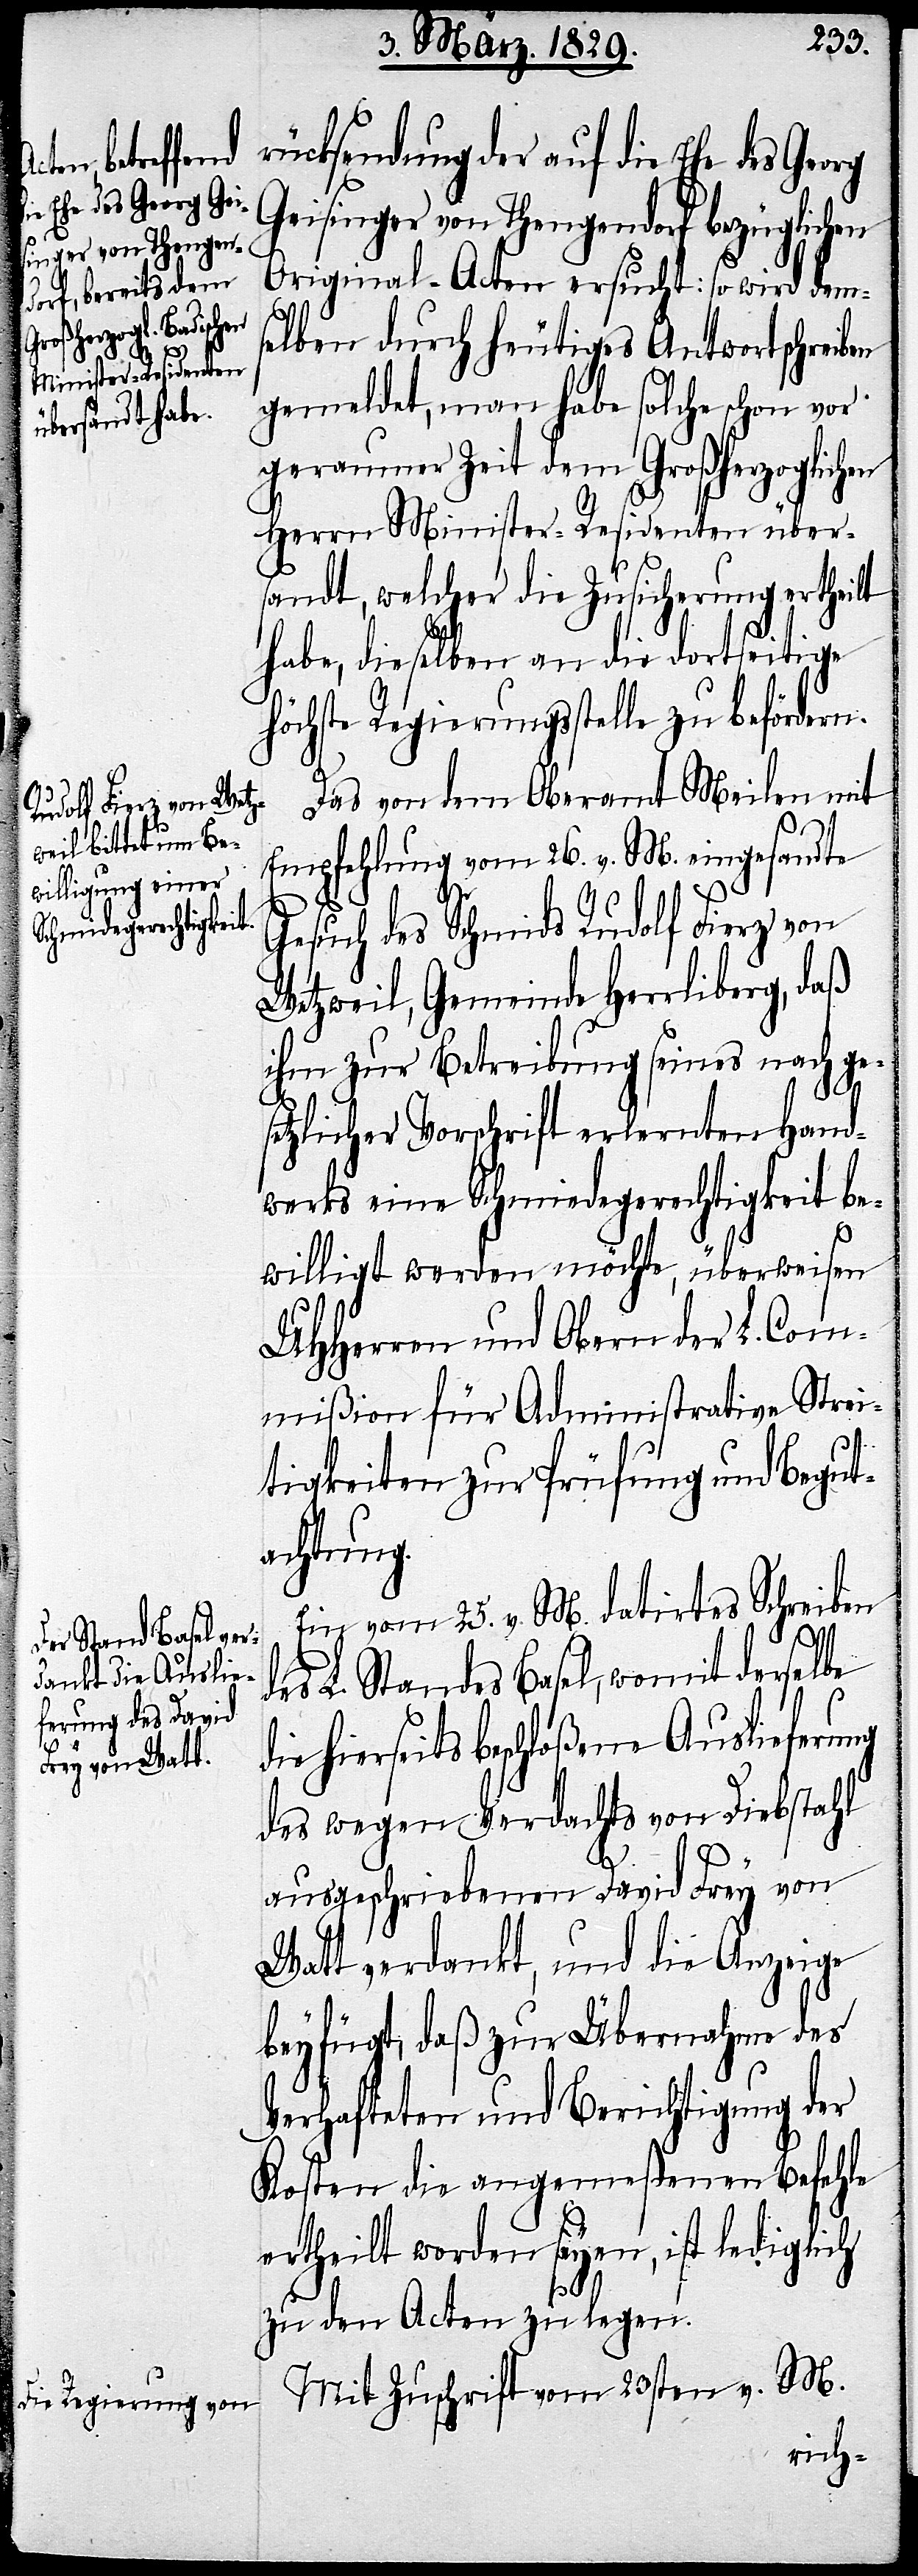
rücksendung der auf die Ehe des Georg
Geisinger von Thengendorf bezüglichen
Original-Acten ersucht: so wird dem¬
selben durch heutiges Antwortschreiben
gemeldet, man habe solche schon vor
geraumer Zeit dem Großherzoglichen
Herrn Minister-Residenten übers¬
andt, welcher die Zusicherung ertheilt
habe, dieselben an die dortseitige
höchste Regierungsstelle zu befördern.
Das von dem Oberamt Meilen mit
Empfehlung vom 26. v. M. eingesandte
die
Gesuch des Schmids Rudolf Fierz von
Wetzweil, Gemeinde Herrliberg, daß
ihm zur Betreibung seines nach ge¬
setzlicher Vorschrift erlernten Hand¬
werks eine Schmidegerechtigkeit be¬
willigt werden möchte, überweisen
UHHerren und Obern der L. Com¬
mißion für Administrative Strei¬
tigkeiten zur Prüfung und Begut¬
achtung.
Ein vom 25. v. M. datirtes Schreiben
des L. Standes Basel. womit derselbe
hierseits beschloßene Auslieferung
des wegen Verdachts von Diebstahl
ausgeschriebenen David Frey von
Watt verdankt, und die Anzeige
beyfügt, daß zur Übernahme des
Verhafteten und Berichtigung der
Kosten die angemeßenen Befehle
ertheilt worden seyen, ist lediglich
zu den Acten zu legen.
Mit Zuschrift vom 23sten v. M.